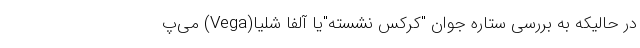
در حالیکه به بررسی ستاره جوان "کرکس نشسته"یا آلفا شلیا(Vega) می‌پ